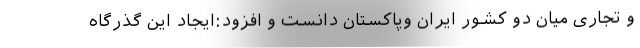
و تجاری میان دو کشور ایران وپاکستان دانست و افزود:ایجاد این گذرگاه